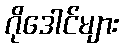
ဂိုဒေါင်များ